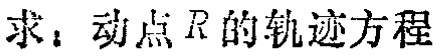
求：动点\(R\)的轨迹方程